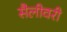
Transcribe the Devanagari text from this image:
सैलीवरी